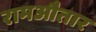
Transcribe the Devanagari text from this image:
रामऔतार